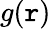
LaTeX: g(\mathtt{r})